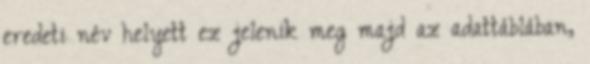
eredeti név helyett ez jelenik meg majd az adattáblában,